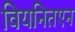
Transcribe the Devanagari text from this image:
वियनितएन